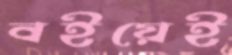
বইয়েই